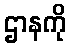
ဌာနကို